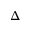
\Delta